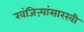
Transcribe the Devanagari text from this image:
खंजिऱ्यांसारखी